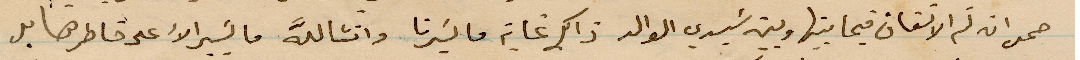
صمد انه تم الاتفاق فيما بينها وبين سيدي الوالد ذلك غاية ما يسرنا وانشالله ما يسير الأعلى على خاطرها بل